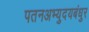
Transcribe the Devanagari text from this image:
पतनअभ्युदयबंधुर